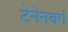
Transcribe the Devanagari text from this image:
टेनेनबर्ग